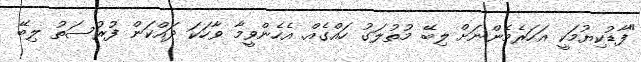
"ފާޑުކިޔުމަކީ އަހަރެމެންނަށް ލިބޭ މުތުލަގު ހައްގެއް. އެހެންވީމާ ވާހަކަ ދައްކަން ފުރުސަތު ލިބޭ